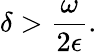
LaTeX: \delta>\frac{\omega}{2\epsilon}.